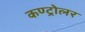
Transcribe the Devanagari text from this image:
कण्ट्रोलर